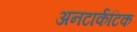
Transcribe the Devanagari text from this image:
अनटार्कटिक